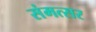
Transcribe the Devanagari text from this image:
संमत्सर